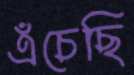
এঁচেছি